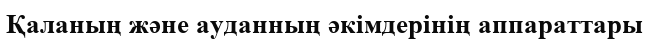
Қаланың және ауданның әкімдерінің аппараттары